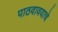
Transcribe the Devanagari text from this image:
पाठवावयाचे